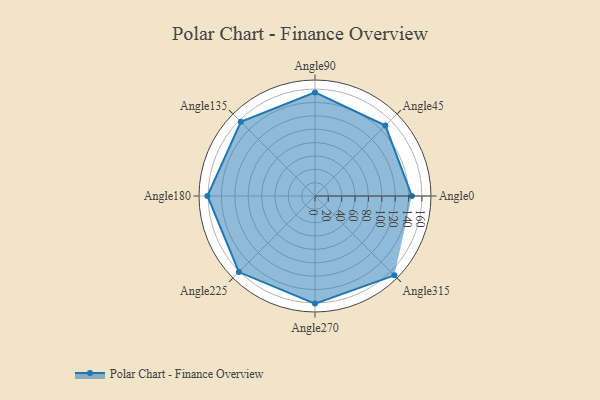
{"axis": {"x": "Angle", "y": "Radius"}, "legend": [""], "data": [{"x": "Angle0", "y": 145.0, "type": ""}, {"x": "Angle45", "y": 149.0, "type": ""}, {"x": "Angle90", "y": 155.0, "type": ""}, {"x": "Angle135", "y": 157.0, "type": ""}, {"x": "Angle180", "y": 161.0, "type": ""}, {"x": "Angle225", "y": 161.0, "type": ""}, {"x": "Angle270", "y": 161.0, "type": ""}, {"x": "Angle315", "y": 168.0, "type": ""}]}